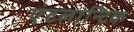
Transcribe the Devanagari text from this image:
एंटलान्टिक